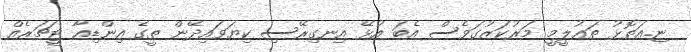
ޏ.އަތޮޅު ތަޢުލީމީ މަރުކަޒުގަވެސް އެބަ އުޅޭ އިނގިރޭސި ކިޔަވައިދޭން ތީގެ އިންޑިއާ ޓީޗަރެއް